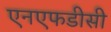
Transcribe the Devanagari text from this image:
एनएफडीसी